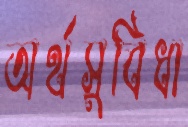
অর্থসুবিধা